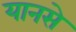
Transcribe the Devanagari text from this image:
यानसे